Indian journal of veterinary science and animal husbandry - Volumes 18-21, 1948-1951
Year: 1948
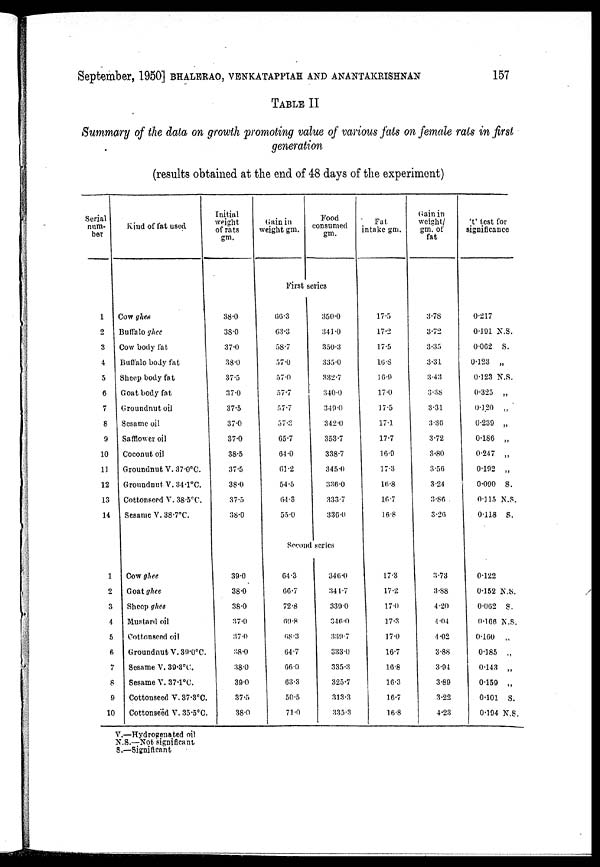
September, 1950] BHALERAO, VENKATAPPIAH AND ANANTAKRISHNAN 157
TABLE II
Summary of the data on growth promoting value of various fats on female rats in first
generation
(results obtained at the end of 48 days of the experiment)
Serial
num-
ber
1
2
3
4
5
6
7
8
9
10
11
12
13
14
1
2
3
4
5
6
7
8
0
10
Kind of fat used
Cow ghee
Buffalo ghee
Cow body fat
Buffalo body fat
Sheep body fat
Goat body fat
Groundnut oil
Sesame oil
Safflower oil
Coconut oil
Groundnut V. 37.0°C.
Groundnut V. 34.1°C.
Cottonseed V. 38.5°C.
Sesame V. 38.7°C.
Cow ghee
Goat ghee
Sheep ghee
Mustard oil
Cottonseed oil
Groundnut V. 39.0°C.
Sesame V. 39.3°C.
Sesame V. 37.1°C.
Cottonseed V. 37.3°C.
Cottonseed V. 35.5°C.
Initial
weight
of rats
gm.
38.0
38.0
37.0
38.0
37.5
37.0
37.5
37.0
37.0
38.5
37.5
38.0
37.5
38.0
39.0
38.0
38.0
37.0
37.0
38.0
38.0
39.0
37.5
38.0
Gain in
weight gm.
Food
consumed
gm.
First series
66.3
63.3
58.7
57.0
57.0
57.7
57.7
57.3
65.7
64.0
61.2
54.5
64.3
55.0
350.0
341.0
350.3
335.0
332.7
340.0
349.0
342.0
353.7
338.7
345.0
336.0
333.7
336.0
Second series
64.3
66.7
72.8
69.8
68.3
64.7
66.0
63.3
50.5
71.0
346.0
344.7
339.0
346.0
330.7
333.0
335.3
325.7
313.3
335.3
Fat
intake gm.
17.5
17.2
17.5
16.8
16.9
17.0
17.5
17.1
17.7
16.9
17.3
16.8
16.7
16.8
17.3
17.2
17.0
17.3
17.0
16.7
16.8
16.3
16.7
16.8
Gain in
weight/
gm. of
fat
3.78
3.72
3.35
3.31
3.43
3.38
3.31
3.36
3.72
3.80
3.56
3.24
3.86
3.26
3.73
3.88
4.20
4.04
4.02
3.88
3.94
3.89
3.22
4.23
't' test for
significance
0.217
0.191 N.S.
0.062 S.
0.123 „
0.123 N.S.
0.325 „
0.120 „
0.239 „
0.186 „
0.247 „
0.192 „
0.090 8.
0.115 N.S.
0.118 S.
0.122
0.152 N.S.
0.062 S.
0.106 N.S.
0.160 „
0.185 „
0.143 „
0.159 „
0.101 S.
0.194 N.S.
V.—Hydrogenated oil
N.S.—Not significant
S.—Significant